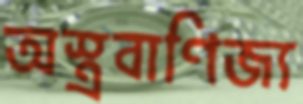
অস্ত্রবাণিজ্য